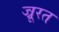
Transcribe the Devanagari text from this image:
ज्रूरत